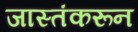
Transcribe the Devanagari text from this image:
जास्तंकरून